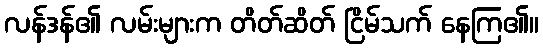
လန်ဒန်၏ လမ်းများက တိတ်ဆိတ် ငြိမ်သက် နေကြ၏။